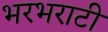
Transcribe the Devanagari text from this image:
भरभराटी